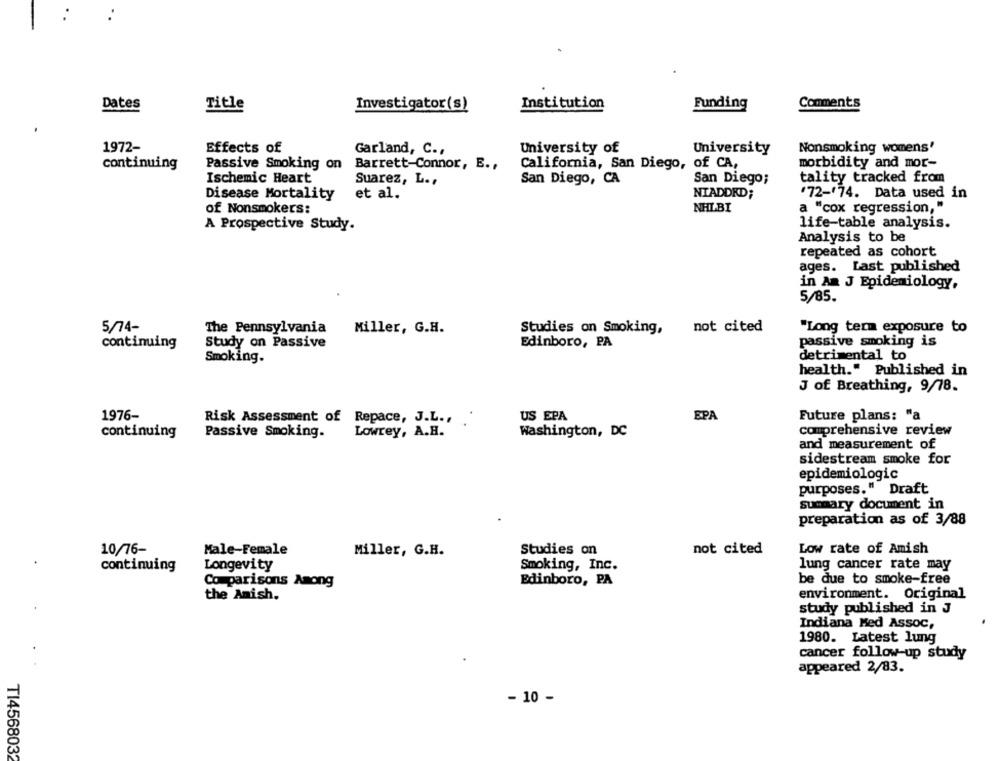
Dates
Title
Investigator(s)
Institution
Funding
Comments
.
1972-
Effects of
Garland, C .,
University of
University
Nonsmoking womens'
continuing
Passive Smoking on
Barrett-Connor, E .,
California, San Diego, of CA,
morbidity and mor-
Ischemic Heart
Suarez, L .,
San Diego, CA
San Diego;
tality tracked from
Disease Mortality
et al.
NIADDED;
.72-74. Data used in
of Nonsmokers:
NHLBI
a "cox regression, "
A Prospective Study.
life-table analysis.
Analysis to be
repeated as cohort
ages. Last published
in Am J Epidemiology,
5/85.
5/74-
The Pennsylvania
Miller, G.H.
Studies on Smoking,
not cited
"Long term exposure to
passive smoking is
continuing
Study on Passive
Edinboro, PA
detrimental to
Smoking.
health." Published in
J of Breathing, 9/78.
1976-
US EPA
EPA
Future plans: "a
Risk Assessment of Repace, J.L .,
continuing
Passive Smoking-
Lowrey, A.H.
Washington, DC
comprehensive review
and measurement of
sidestream smoke for
epidemiologic
purposes." Draft
summary document in
preparation as of 3/88
10/76-
Male-Female
Miller, G.H.
Studies on
not cited
Low rate of Amish
continuing
Longevity
Smoking, Inc.
lung cancer rate may
Comparisons Among
Edinboro, PA
be due to smoke-free
the Amish.
environment. Original
study published in J
Indiana Med Assoc,
1980. Latest lung
cancer follow-up study
appeared 2/83.
- 10 -
TI456803